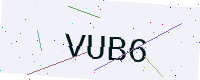
Text: VUB6